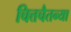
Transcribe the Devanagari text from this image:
चित्तचैतन्या